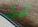
كيث